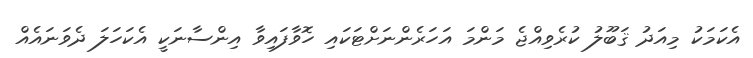
އެކަމަކު މިއަދު ޤަބޫލު ކުރެވިއްޖެ މަންމަ އަހަރެންނަށްޓަކައި ހޮވާފައިވާ އިންސާނަކީ އެކަހަލަ ދެވަނައެއް